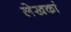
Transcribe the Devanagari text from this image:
लेखकां